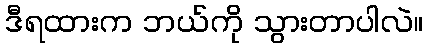
ဒီရထားက ဘယ်ကို သွားတာပါလဲ။